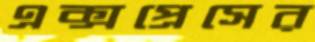
এক্সপ্রেসের